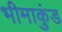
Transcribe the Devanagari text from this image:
भीमाकुंड